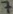
Text: 7